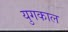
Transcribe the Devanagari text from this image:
युगकाल